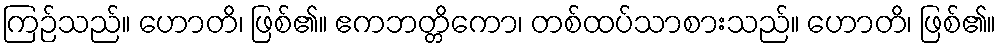
ကြဉ်သည်။ ဟောတိ၊ ဖြစ်၏။ ဧကဘတ္တိကော၊ တစ်ထပ်သာစားသည်။ ဟောတိ၊ ဖြစ်၏။